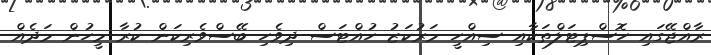
ރާއްޖޭގައި ހޮސްޕިޓަލްތަކާއި ސިއްހީ މަރުކަޒު ހުއްޓަސް ދިވެހި ބޭސްވެރިކަން ކުރާ މީހުން މަދެއް